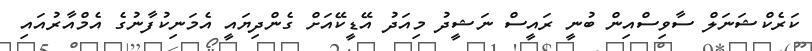
ކަރެކްޝަނަލް ސާވިސްއިން ބުނީ ރައީސް ނަޝީދު މިއަދު އޭޑީކޭއަށް ގެންދިޔައީ އެމަނިކުފާނުގެ އެމްއާރުއައި